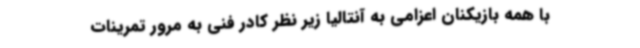
با همه بازیکنان‌ اعزامی به آنتالیا زیر نظر کادر فنی به مرور تمرینات